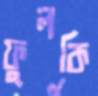
ফুলকি